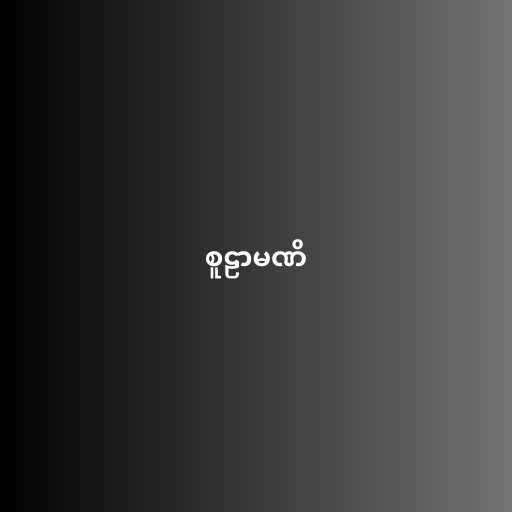
စူဠာမဏိ